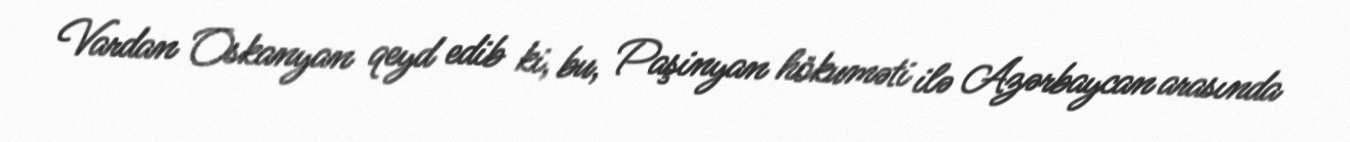
Vardan Oskanyan qeyd edib ki, bu, Paşinyan hökuməti ilə Azərbaycan arasında